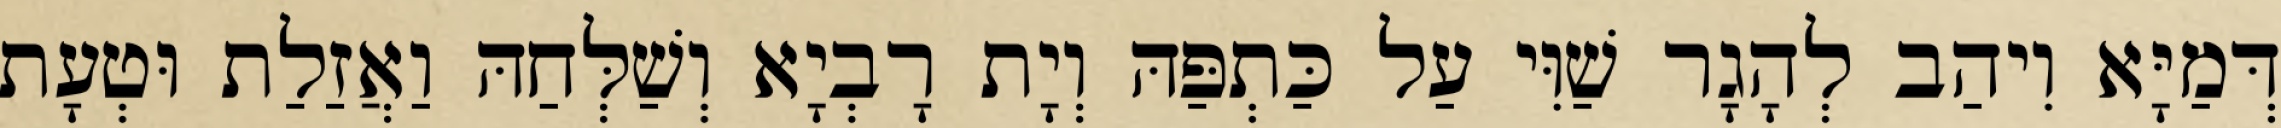
דְּמַיָּא וִיהַב לְהָגָר שַׁוִּי עַל כַּתְפַּהּ וְיָת רָבְיָא וְשַׁלְּחַהּ וַאֲזַלַת וּטְעָת